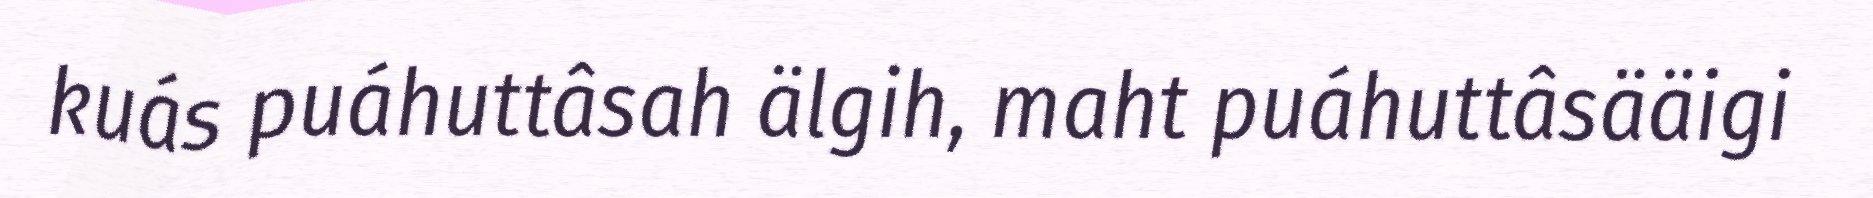
kuás puáhuttâsah älgih, maht puáhuttâsääigi